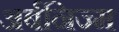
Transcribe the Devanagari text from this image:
अर्बनिज्म